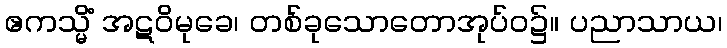
ဧကသ္မိံ အဋဝိမုခေ၊ တစ်ခုသောတောအုပ်ဝ၌။ ပညာသာယ၊